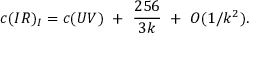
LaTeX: c ( I R ) _ { I } = c ( U V ) ~ + ~ { \frac { 2 5 6 } { 3 k } } ~ + ~ { \cal O } ( 1 / k ^ { 2 } ) .